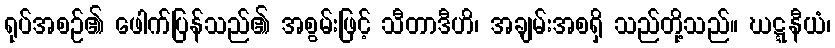
ရုပ်အစဉ်၏ ဖေါက်ပြန်သည်၏ အစွမ်းဖြင့် သီတာဒီဟိ၊ အချမ်းအစရှိ သည်တို့သည်။ ဃဋ္ဋနီယံ၊